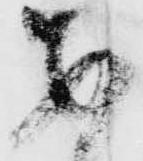
あ